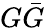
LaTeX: G\bar{G}